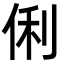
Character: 俐